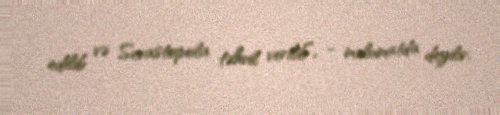
edilib və Sevastopola təhvil verilib”, - məlumatda deyilir.